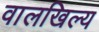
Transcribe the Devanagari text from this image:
वालखिल्‍य